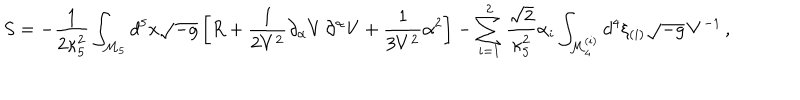
S = - \frac { 1 } { 2 \kappa _ { 5 } ^ { 2 } } \int _ { { \cal M } _ { 5 } } d ^ { 5 } x \sqrt { - g } \left[ R + \frac { 1 } { 2 V ^ { 2 } } \partial _ { \alpha } V \, \partial ^ { \alpha } V + \frac { 1 } { 3 V ^ { 2 } } \alpha ^ { 2 } \right] - \sum _ { i = 1 } ^ { 2 } \frac { \sqrt { 2 } } { \kappa _ { 5 } ^ { 2 } } \alpha _ { i } \int _ { { \cal M } _ { 4 } ^ { ( i ) } } d ^ { 4 } \xi _ { ( i ) } \sqrt { - g } \, V ^ { - 1 } \, ,